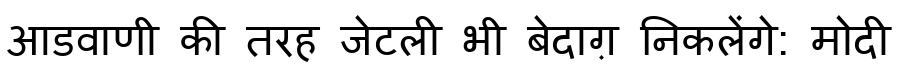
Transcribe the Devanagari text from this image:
आडवाणी की तरह जेटली भी बेदाग़ निकलेंगे: मोदी